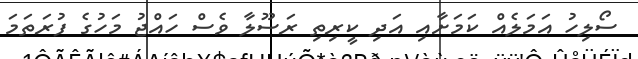
ސޯލިހު އަމަލެއް ކަމަށާއި އަދި ކީރިތި ރަސޫލާ ވެސް ހައްޖު މަހުގެ ފުރަތަމަ